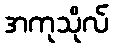
အကုသိုလ်